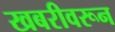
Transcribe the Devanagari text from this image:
खबरीवरून